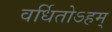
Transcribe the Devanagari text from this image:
वर्धितोऽहम्‌